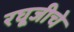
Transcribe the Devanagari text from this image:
रघूजीचे